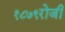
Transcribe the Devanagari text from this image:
१८७९रोजी